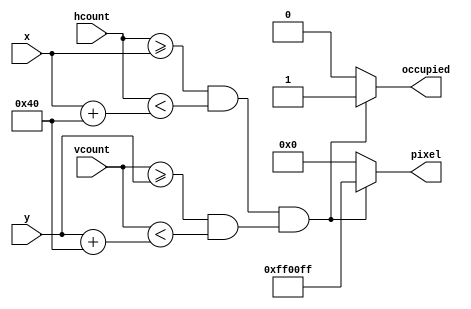
`timescale 1ns / 1ps
//////////////////////////////////////////////////////////////////////////////////
// Company: 
// Engineer: 
// 
// Design Name: 
// Module Name:    sprites 
// Project Name: 
// Target Devices: 
// Tool versions: 
// Description: 
//
// Dependencies: 
//
// Revision: 
// Revision 0.01 - File Created
// Additional Comments: 
//
//////////////////////////////////////////////////////////////////////////////////
module sprite #(parameter COLOR = 24'hFF_00_FF,
						   SIZE = 64)
   (input [10:0] x, hcount, 
	input [9:0] y, vcount,
	output reg [23:0] pixel,
	output reg occupied);
	
	always @ * begin
		if ((hcount >= x && hcount < (x+SIZE)) &&
			(vcount >= y && vcount < (y+SIZE))) begin
			pixel = COLOR;
			occupied = 1;
		end
		else begin
			pixel = 0;
			occupied = 0;
		end
   end

endmodule